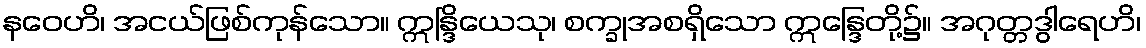
နဝေဟိ၊ အငယ်ဖြစ်ကုန်သော။ ဣန္ဒြိယေသု၊ စက္ခုအစရှိသော ဣန္ဒြေတို့၌။ အဂုတ္တဒွါရေဟိ၊